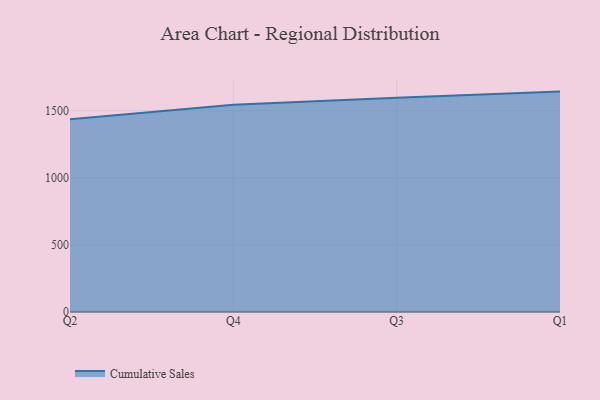
{"axis": {"x": "Quarter", "y": "Shipments"}, "legend": ["Cumulative Sales"], "data": [{"x": "Q2", "y": 1435.7, "type": "Cumulative Sales"}, {"x": "Q4", "y": 1544.3, "type": "Cumulative Sales"}, {"x": "Q3", "y": 1596.9, "type": "Cumulative Sales"}, {"x": "Q1", "y": 1642.5, "type": "Cumulative Sales"}]}